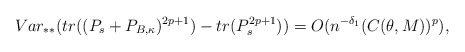
\begin{align*} Var_{**}(tr((P_s+P_{B,\kappa})^{2p+1})-tr(P_s^{2p+1}))=O(n^{-\delta_1}(C(\theta,M))^{p}),\end{align*}